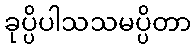
ခုပ္ပိပါသသမပ္ပိတာ